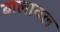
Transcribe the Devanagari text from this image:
बालावल